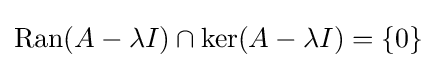
\operatorname {Ran} (A-\lambda I)\cap \ker(A-\lambda I)=\{0\}